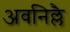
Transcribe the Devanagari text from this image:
अवनिल्लै